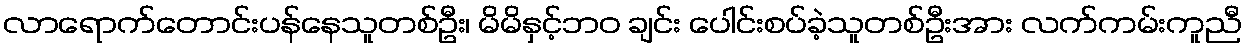
လာရောက်တောင်းပန်နေသူတစ်ဦး၊ မိမိနှင့်ဘဝ ချင်း ပေါင်းစပ်ခဲ့သူတစ်ဦးအား လက်ကမ်းကူညီ